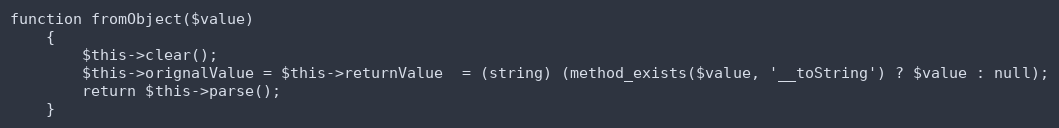
Language: PHP
function fromObject($value)
    {
        $this->clear();
        $this->orignalValue = $this->returnValue  = (string) (method_exists($value, '__toString') ? $value : null);
        return $this->parse();
    }